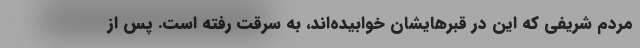
مردم شریفی که این در قبرهایشان خوابیده‌اند، به سرقت رفته است. پس از